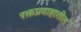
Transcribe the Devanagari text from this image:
रक्तप्रवाहातील